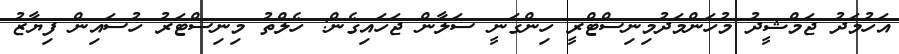
އަހުމަދު ޖަމްޝީދު މުހަންމަދުމިނިސްޓްރީ ހިންގަނީ ސަލާން ޖަހައިގެން: ހެލްތު މިނިސްޓަރު ހުސައިން ފިޔާޒު